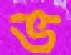
ভ